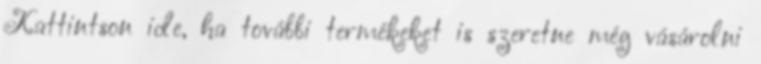
Kattintson ide, ha további termékeket is szeretne még vásárolni